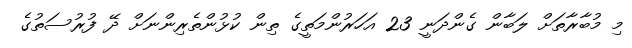
މި މުބާރާތަށް ލަބާން ގެންދަނީ 23 އަހަރުންމަތީގެ ތިން ކުޅުންތެރިންނަށް ދޭ ފުރުސަތުގެ